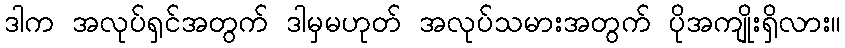
ဒါက အလုပ်ရှင်အတွက် ဒါမှမဟုတ် အလုပ်သမားအတွက် ပိုအကျိုးရှိလား။